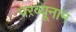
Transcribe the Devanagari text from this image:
परव्यूनान